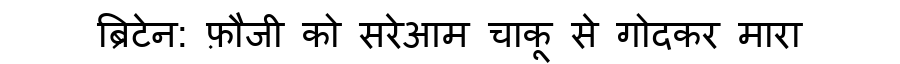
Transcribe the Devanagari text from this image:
ब्रिटेन: फ़ौजी को सरेआम चाकू से गोदकर मारा